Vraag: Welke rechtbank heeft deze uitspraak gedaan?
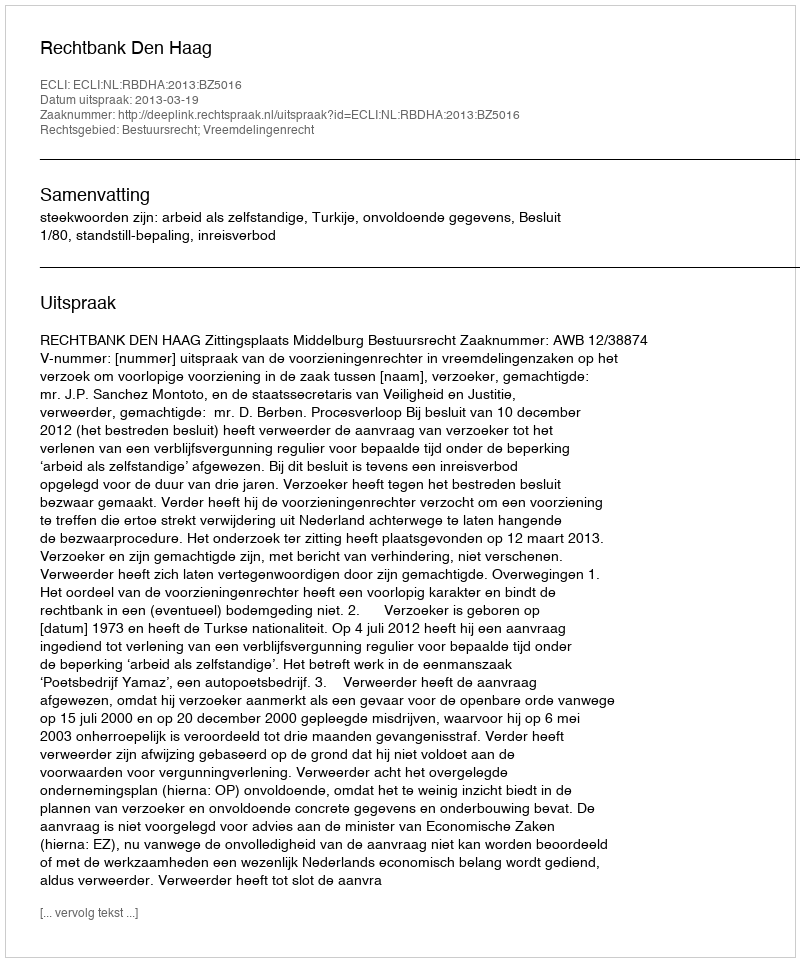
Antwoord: Rechtbank Den Haag